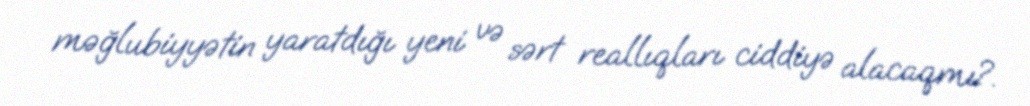
məğlubiyyətin yaratdığı yeni və sərt reallıqları ciddiyə alacaqmı?.